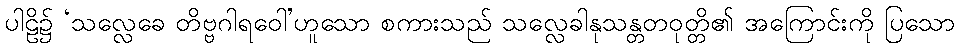
ပါဠိ၌ ‘သလ္လေခေ တိဗ္ဗဂါရဝေါ’ဟူသော စကားသည် သလ္လေခါနုသန္တတဝုတ္တိ၏ အကြောင်းကို ပြသော